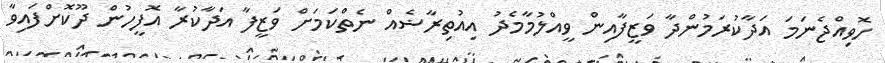
ހޮވިއްޖެނަމަ އަދާކުރަމުންދާ ވަޒީފާއިން ވީއްލުމާމެދު އިއުތިރާޟެއް ނެތްކަމަށް ވަޒީފާ އަދާކުރާ އޮފީހުން ދޫކޮށްފައިވާ